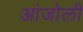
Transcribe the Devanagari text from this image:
आंजोली